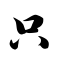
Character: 只